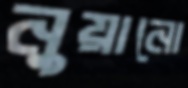
নুয়ানো